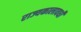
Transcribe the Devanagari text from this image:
राज्यकालावधी